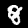
Label: 8